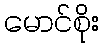
မောင်စိုး